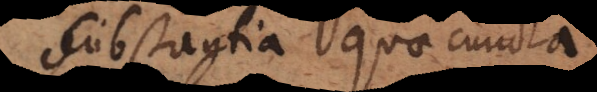
substantia quae cuncta